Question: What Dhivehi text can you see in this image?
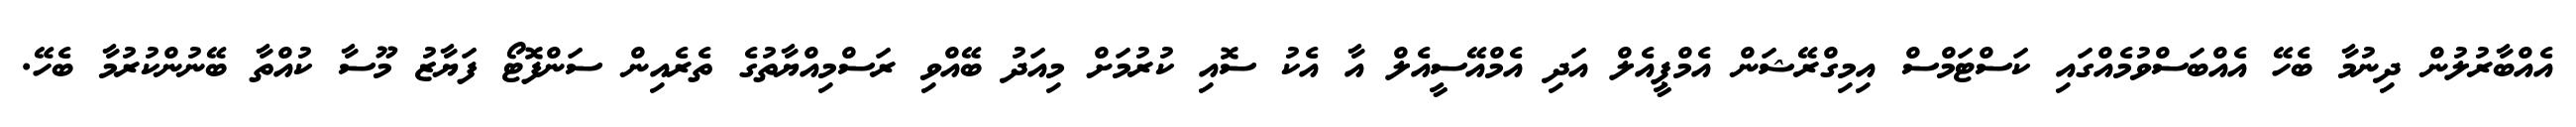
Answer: އެއްބާރުލުން ދިނުމާ ބެހޭ އެއްބަސްވުމެއްގައި ކަސްޓަމްސް އިމިގްރޭޝަން އެމްޕީއެލް އަދި އެމްއޭސީއެލް އާ އެކު ސޮއި ކުރުމަށް މިއަދު ބޭއްވި ރަސްމިއްޔާތުގެ ތެރެއިން ސަންފޮޓޯ ފަޔާޒު މޫސާ ކުއްތާ ބޭނުންކުރުމާ ބެހޭ.